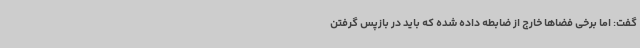
گفت: اما برخی فضاها خارج از ضابطه داده شده که باید در بازپس گرفتن